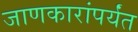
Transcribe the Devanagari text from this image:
जाणकारांपर्यंत